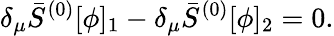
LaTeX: \delta_{\mu}\bar{S}^{(0)}[\phi]_{1}-\delta_{\mu}\bar{S}^{(0)}[\phi]_{2}=0.